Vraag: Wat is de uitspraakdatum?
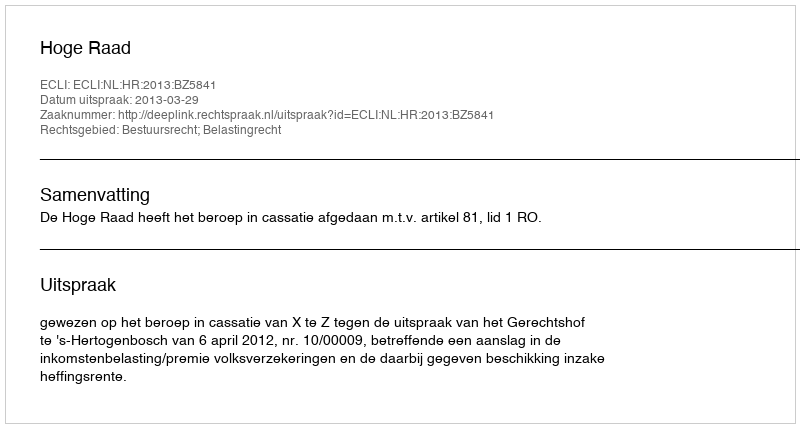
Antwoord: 2013-03-29